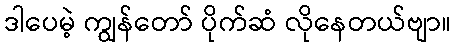
ဒါပေမဲ့ ကျွန်တော် ပိုက်ဆံ လိုနေတယ်ဗျာ။